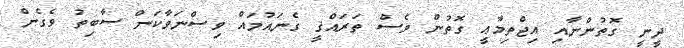
ދީނީ ގޮތުންނާއި އިޖްތިމާޢީ ގޮތުން ވެސް ތަރައްޤީ ގެނައުމައް ވިސްނަވާކަން ސާބިތު ވެގެން